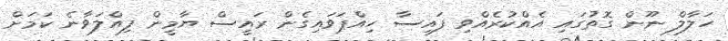
ހަލާލް ނޫން ގޮތުގައި އެއްކުރެއްވި ފައިސާ ހިއްޕަވައިގެން ރައީސް ޔާމީން ފިއްލަވާނެ ކަމަށް